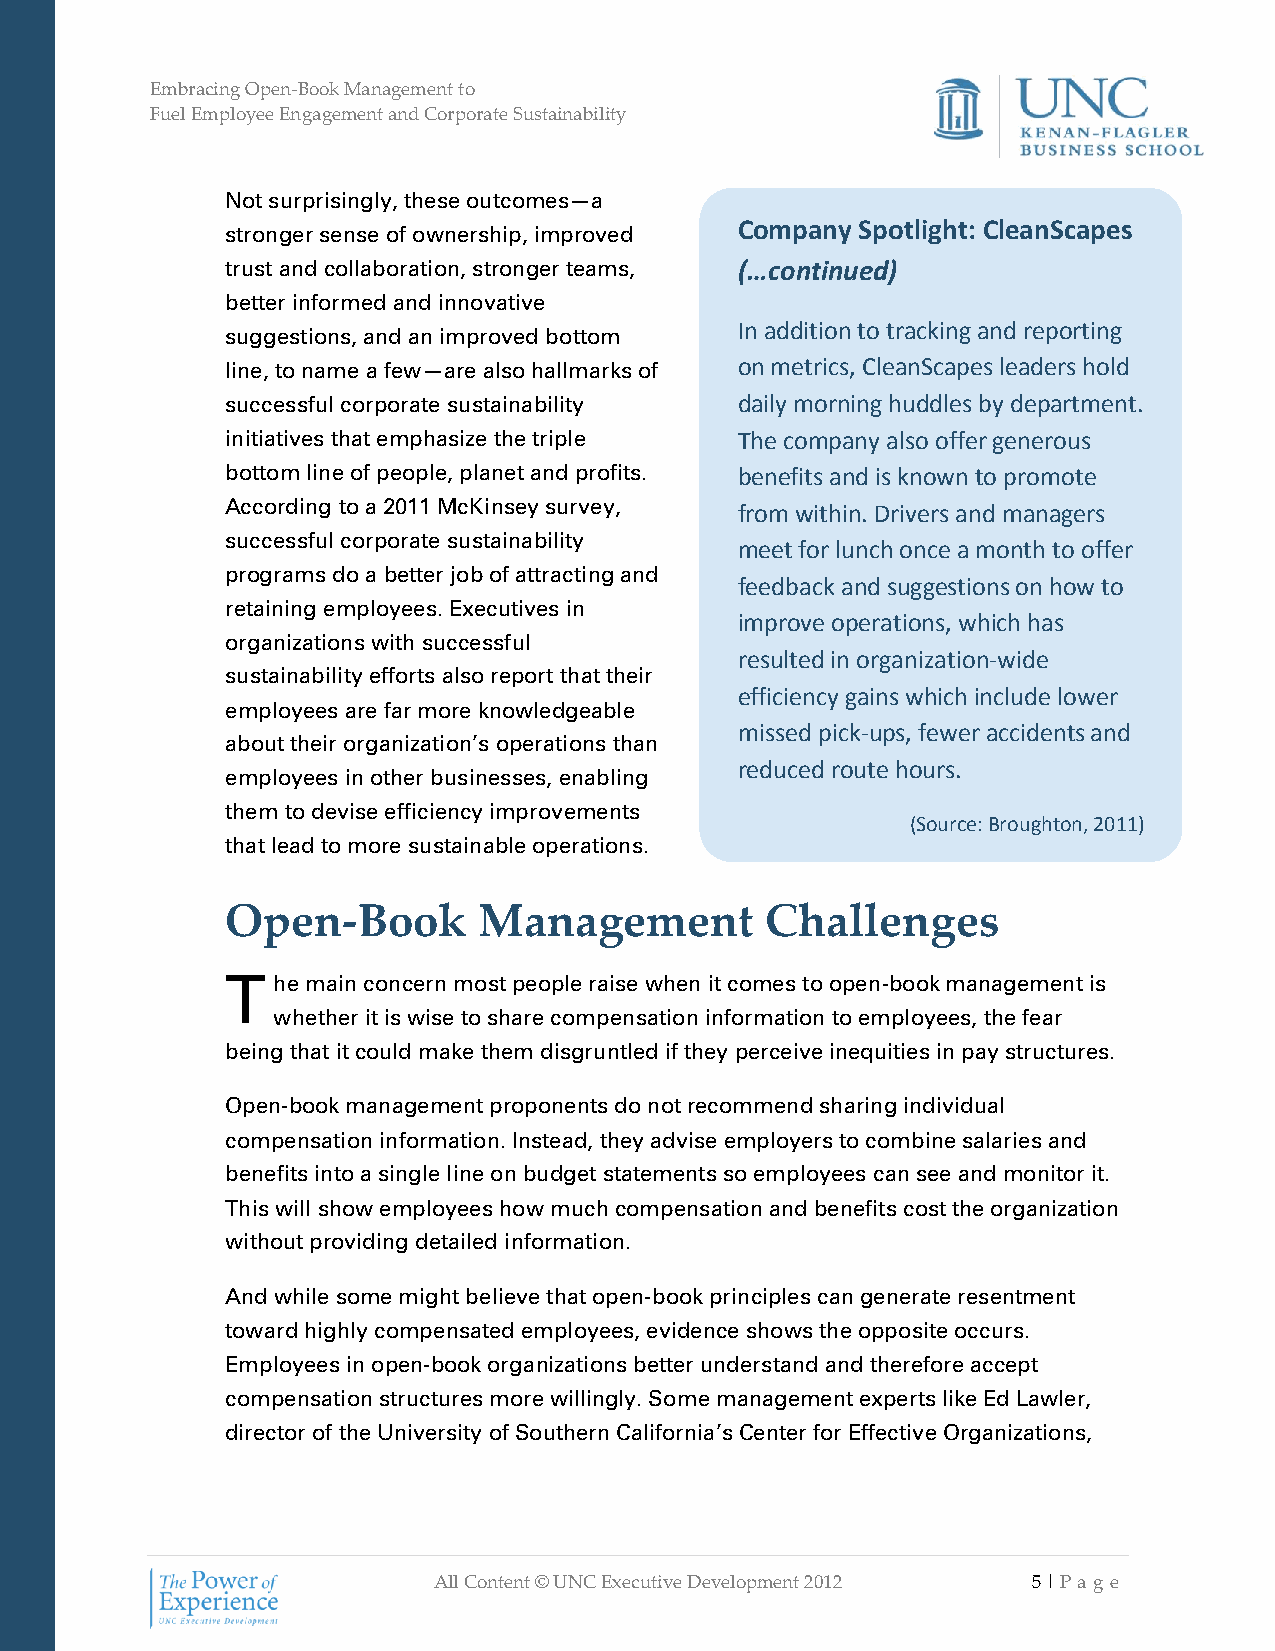
Embracing Open-Book Management to
 Fuel Employee Engagement and Corporate Sustainability
 Not surprisingly, these outcomes—a
 Company Spotlight: CleanScapes
 stronger sense of ownership, improved
 trust and collaboration, stronger teams, (…continued)
 better informed and innovative
 In addition to tracking and reporting
 suggestions, and an improved bottom
 line, to name a few—are also hallmarks of on metrics, CleanScapes leaders hold
 successful corporate sustainability daily morning huddles by department.
 initiatives that emphasize the triple The company also offer generous
 bottom line of people, planet and profits. benefits and is known to promote
 According to a 2011 McKinsey survey, from within. Drivers and managers
 successful corporate sustainability
 meet for lunch once a month to offer
 programs do a better job of attracting and
 feedback and suggestions on how to
 retaining employees. Executives in
 improve operations, which has
 organizations with successful
 resulted in organization-wide
 sustainability efforts also report that their
 efficiency gains which include lower
 employees are far more knowledgeable
 missed pick-ups, fewer accidents and
 about their organization’s operations than
 reduced route hours.
 employees in other businesses, enabling
 them to devise efficiency improvements
 (Source: Broughton, 2011)
 that lead to more sustainable operations.
 Open-Book        Management         Challenges
 T  he main concern most people raise when it comes to open-book management is
 whether it is wise to share compensation information to employees, the fear
 being that it could make them disgruntled if they perceive inequities in pay structures.
 Open-book management proponents do not recommend sharing individual
 compensation information. Instead, they advise employers to combine salaries and
 benefits into a single line on budget statements so employees can see and monitor it.
 This will show employees how much compensation and benefits cost the organization
 without providing detailed information.
 And while some might believe that open-book principles can generate resentment
 toward highly compensated employees, evidence shows the opposite occurs.
 Employees in open-book organizations better understand and therefore accept
 compensation structures more willingly. Some management experts like Ed Lawler,
 director of the University of Southern California’s Center for Effective Organizations,
 All Content © UNC Executive Development 2012 5 | Pa ge